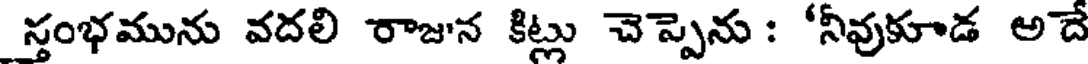
స్తంభమును వదలి రాజున కిట్లు చెప్పెను : 'నీవుకూడ అదే